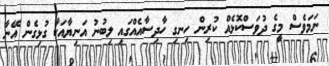
ނަމަވެސް މީގެ ދުވަސްކޮޅެއް ކުރިން ހިނގި ހާދިސާއެއްގައި ލިބުނު އަނިޔާއަކާ ގުޅިގެން އޭނާ